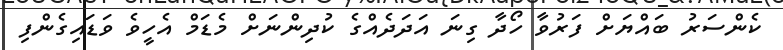
ކެންސަރު ބައްޔަށް ފަރުވާ ހޯދާ ގިނަ އަދަދެއްގެ ކުދިންނަށް މެޑަމް އެހީވެ ވަޑައިގެންފި